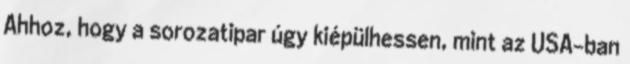
Ahhoz, hogy a sorozatipar úgy kiépülhessen, mint az USA-ban